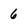
Character: 6